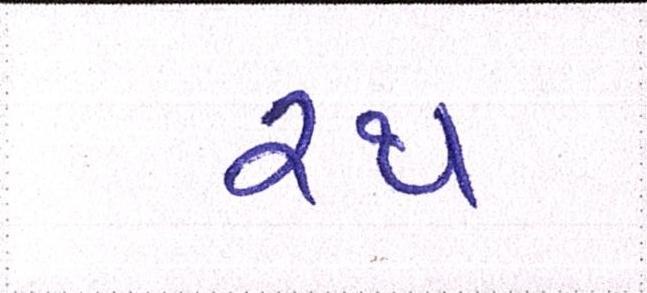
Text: રથ